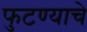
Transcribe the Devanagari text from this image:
फुटण्याचे